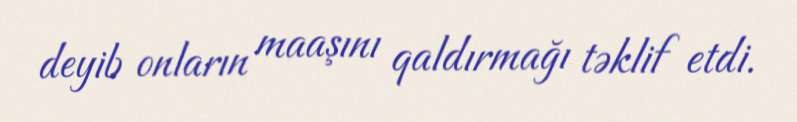
deyib onların maaşını qaldırmağı təklif etdi.